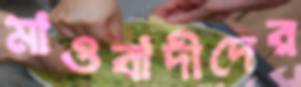
মাওবাদীদের